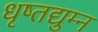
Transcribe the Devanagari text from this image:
धृष्तद्युम्न